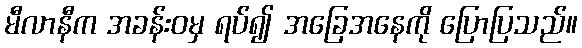
မီလာနီက အခန်းဝမှ ရပ်၍ အခြေအနေကို ပြောပြသည်။